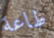
طاعة